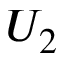
U _ { 2 }